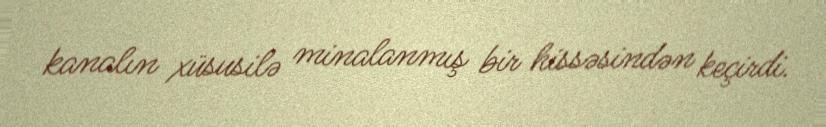
kanalın xüsusilə minalanmış bir hissəsindən keçirdi.